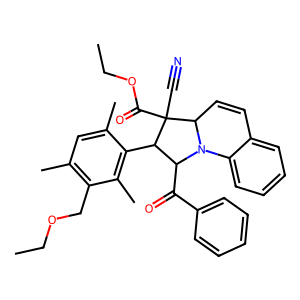
SMILES: CCOCc1c(C)cc(C)c(C2C(C(=O)c3ccccc3)N3c4ccccc4C=CC3C2(C#N)C(=O)OCC)c1C
Inhibits HIV replication: No